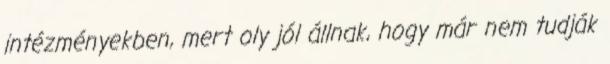
intézményekben, mert oly jól állnak, hogy már nem tudják